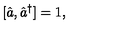
[ { \hat { a } } , { \hat { a } } ^ { \dagger } ] = 1 ,